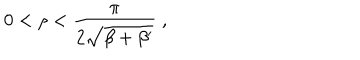
0 < \rho < \frac { \pi } { 2 \sqrt { \beta + \beta ^ { \prime } } } \; ,